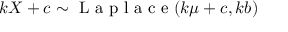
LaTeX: k X + c \sim { \textrm { L a p l a c e } } ( k \mu + c , k b )